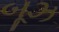
બૂઝ